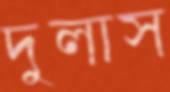
দুলাস